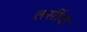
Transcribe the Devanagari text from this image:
लसींचे